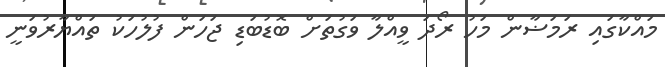
މައްކާގައި ރަމަޟާން މަހު ރޯދަ ވީއްލާ ވަގުތަށް ބޮޑުބަޑި ޖަހަން ފުލުހަކު ތައްޔާރުވަނީ